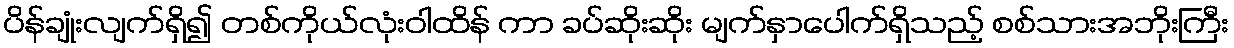
ပိန်ချုံးလျက်ရှိ၍ တစ်ကိုယ်လုံးဝါထိန် ကာ ခပ်ဆိုးဆိုး မျက်နှာပေါက်ရှိသည့် စစ်သားအဘိုးကြီး